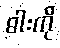
ဓါးကို